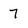
Character: 7